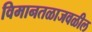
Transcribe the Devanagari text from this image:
विमानतळाजवळील